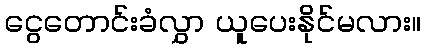
ငွေတောင်းခံလွှာ ယူပေးနိုင်မလား။